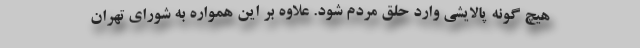
هیچ گونه پالایشی وارد حلق مردم شود. علاوه بر این همواره به شورای تهران